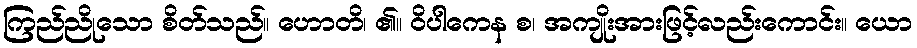
ကြည်ညိုသော စိတ်သည်။ ဟောတိ၊ ၏။ ဝိပါကေန စ၊ အကျိုးအားဖြင့်လည်းကောင်း။ ယော